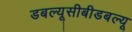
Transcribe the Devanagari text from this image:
डबल्यूसीबीडबल्यू